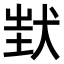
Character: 𤝶